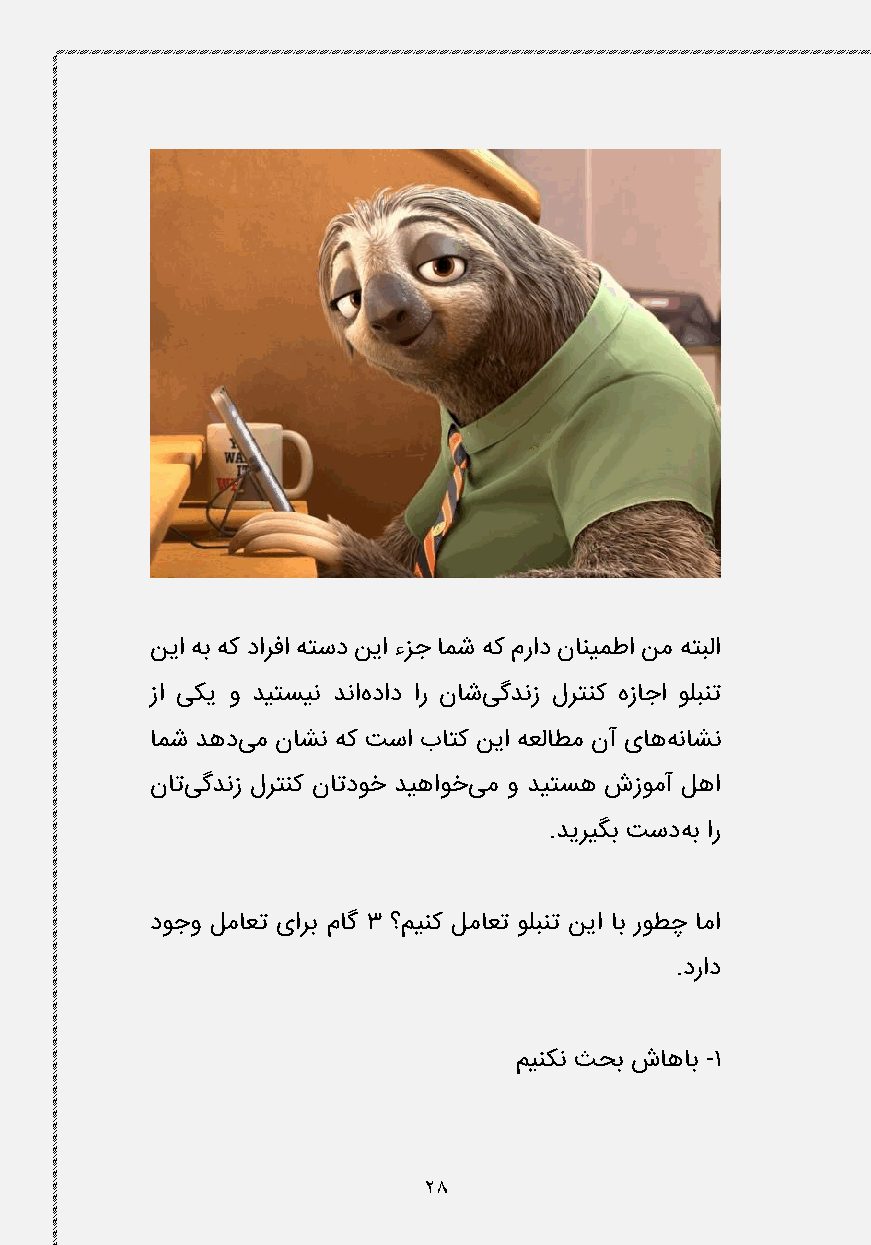
نیا هب هک دارفا هتسد نیا ءزج امش هک مراد نانیمطا نم هتبلا
 زا یکی و دیتسین دناهداد ار ناشیگدنز لرتنک هزاجا ولبنت
 امش دهدیم ناشن هک تسا باتک نیا هعلاطم نآ یاههناشن
 ناتیگدنز لرتنک ناتدوخ دیهاوخیم و دیتسه شزومآ لها
 .دیریگب تسدهب ار
 دوجو لماعت یارب ماگ 3 ؟مینک لماعت ولبنت نیا اب روطچ اما
 .دراد
 مینکن ثحب شاهاب -1
 28